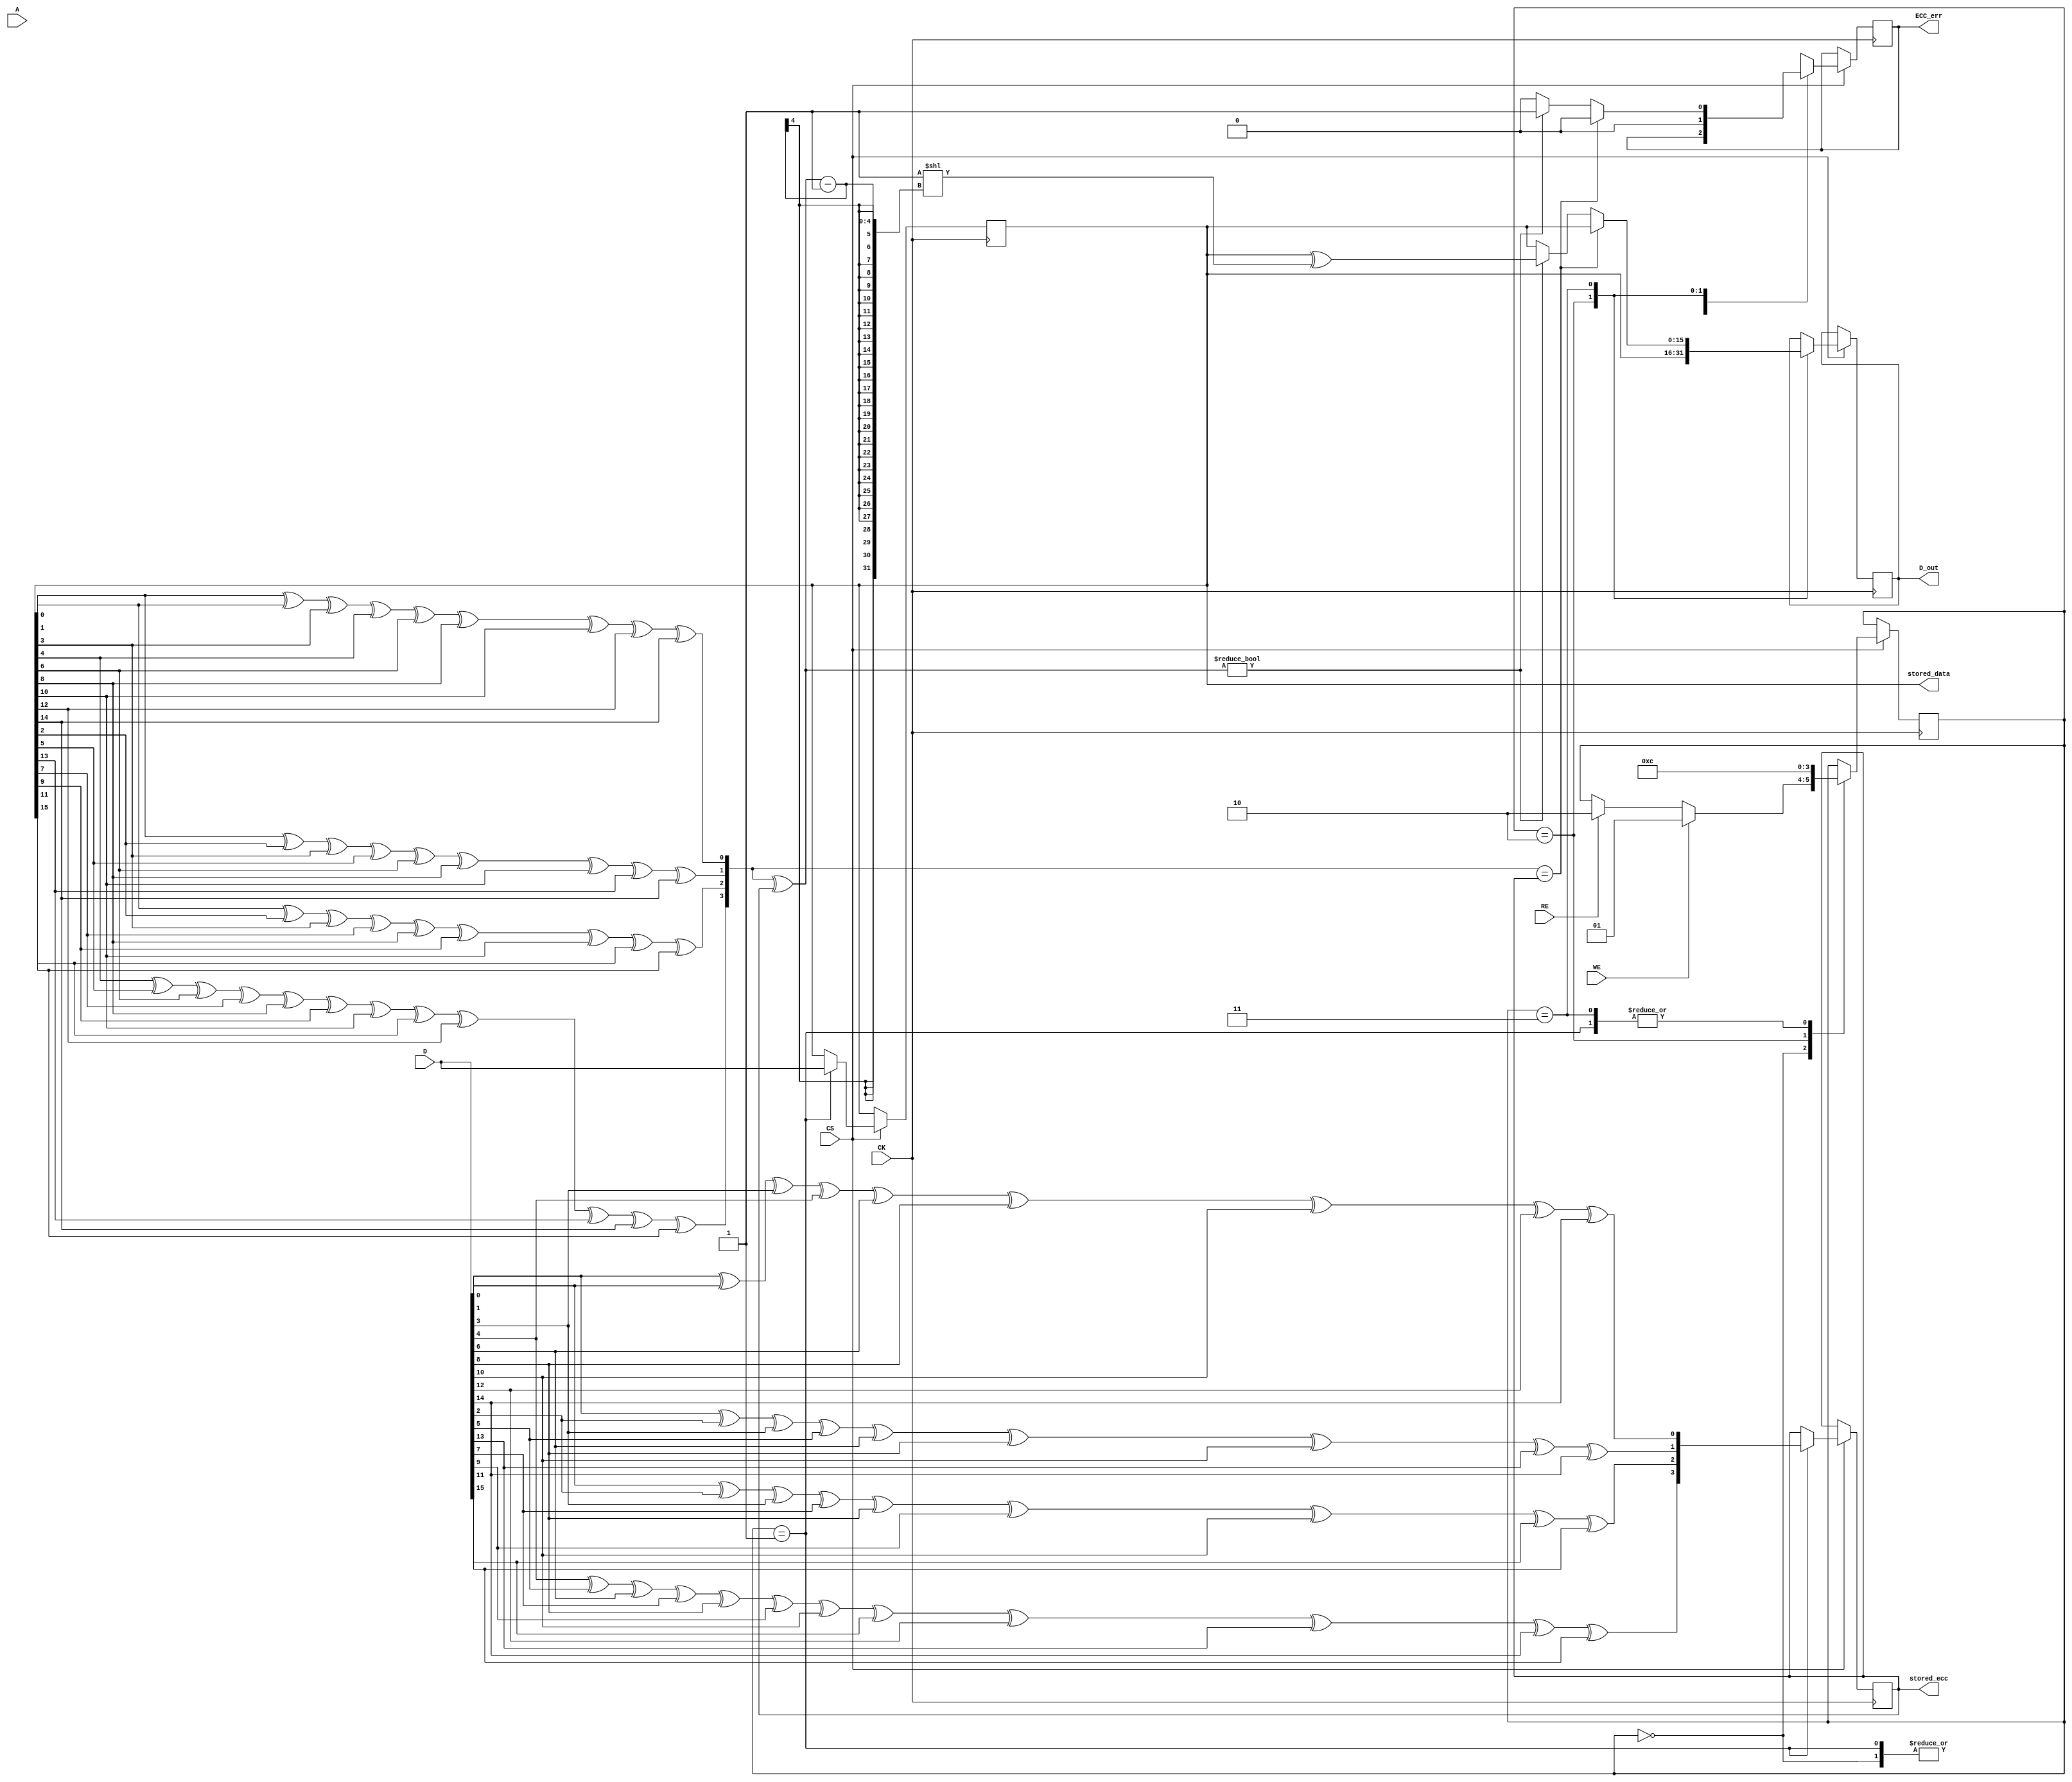
module ecc_dram_io (
    input wire [15:0] D,          // Data bus (16-bit)
    input wire [10:0] A,          // Address bus (11-bit)
    input wire WE,                 // Write enable
    input wire RE,                 // Read enable
    input wire CK,                 // Clock
    input wire CS,                 // Chip select
    output reg [15:0] D_out,       // Output data bus
    output reg ECC_err,            // ECC error flag
    output reg [15:0] stored_data, // Data stored in DRAM
    output reg [3:0] stored_ecc    // ECC bits stored
);

    reg [1:0] state;               // State variable
    localparam IDLE = 2'b00,
               WRITE = 2'b01,
               READ = 2'b10,
               ERROR_CHECK = 2'b11;

    // Hamming code generation (4 bits for 16 bits of data)
    function [3:0] hamming_encode;
        input [15:0] data;
        reg [3:0] ecc;
        begin
            ecc[0] = data[0] ^ data[1] ^ data[3] ^ data[4] ^ data[6] ^ data[8] ^ data[10] ^ data[12] ^ data[14];
            ecc[1] = data[0] ^ data[2] ^ data[3] ^ data[5] ^ data[6] ^ data[8] ^ data[10] ^ data[13] ^ data[14];
            ecc[2] = data[1] ^ data[2] ^ data[3] ^ data[7] ^ data[8] ^ data[9] ^ data[10] ^ data[11] ^ data[15];
            ecc[3] = data[4] ^ data[5] ^ data[6] ^ data[7] ^ data[8] ^ data[9] ^ data[10] ^ data[11] ^ data[12] ^ data[13] ^ data[14] ^ data[15];
            hamming_encode = ecc;
        end
    endfunction

    // ECC error detection and correction
    function [15:0] hamming_decode;
        input [15:0] data;
        input [3:0] ecc;
        reg [3:0] calc_ecc;
        reg [3:0] error_position;
        begin
            calc_ecc = hamming_encode(data);
            if (calc_ecc == ecc) begin
                hamming_decode = data; // No error
                ECC_err = 0;
            end else begin
                // Simple error correction logic (assume single-bit error)
                error_position = calc_ecc ^ ecc;
                if (error_position != 0) begin
                    ECC_err = 1; // Error detected
                    // Correct the error (not fully implemented for simplicity)
                    hamming_decode = data ^ (1 << (error_position - 1));
                end else begin
                    ECC_err = 0; // No error
                    hamming_decode = data;
                end
            end
        end
    endfunction

    // State machine for handling operations
    always @(posedge CK) begin
        if (CS) begin // If chip is selected
            case (state)
                IDLE: begin
                    if (WE) begin
                        state <= WRITE;
                    end else if (RE) begin
                        state <= READ;
                    end
                end

                WRITE: begin
                    stored_data <= D; // Store incoming data
                    stored_ecc <= hamming_encode(D); // Compute ECC
                    state <= IDLE; // Go back to idle
                end

                READ: begin
                    D_out <= stored_data; // Output stored data
                    ECC_err <= 0; // Reset error flag
                    state <= ERROR_CHECK; // Check for errors
                end

                ERROR_CHECK: begin
                    D_out <= hamming_decode(stored_data, stored_ecc); // Decode and check for errors
                    state <= IDLE; // Go back to idle
                end
            endcase
        end
    end

    // Initialize state
    initial begin
        state = IDLE;
        ECC_err = 0;
    end
endmodule